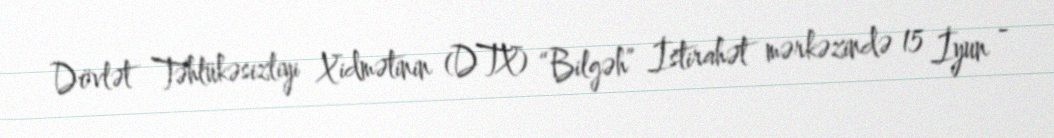
Dövlət Təhlükəsizliyi Xidmətinin (DTX) “Bilgəh” İstirahət mərkəzində 15 İyun -